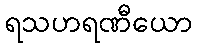
ရသဟရဏီယော